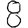
Digit: 8